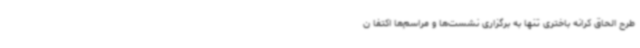
طرح الحاق کرانه باختری تنها به برگزاری نشست‌ها و مراسم‌ها اکتفا ن